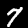
Digit: 7